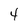
Character: 4